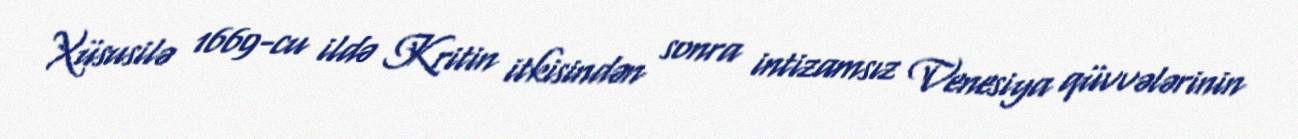
Xüsusilə 1669-cu ildə Kritin itkisindən sonra intizamsız Venesiya qüvvələrinin